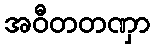
အဝီတတဏှာ